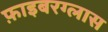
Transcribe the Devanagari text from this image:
फ़ाइबरग्लास